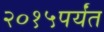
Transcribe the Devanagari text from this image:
२०१५पर्यंत